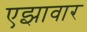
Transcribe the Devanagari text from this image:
एझावार